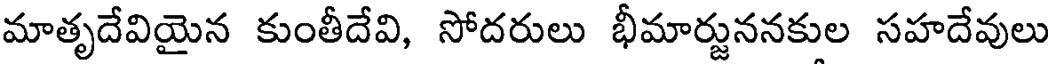
మాతృదేవియైన కుంతీదేవి, సోదరులు భీమార్జుననకుల సహదేవులు